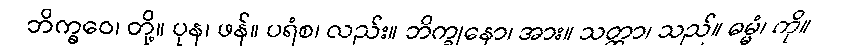
ဘိက္ခဝေ၊ တို့။ ပုန၊ ဖန်။ ပရံစ၊ လည်း။ ဘိက္ခုနော၊ အား။ သတ္ထာ၊ သည်။ ဓမ္မံ၊ ကို။